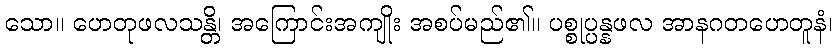
သော။ ဟေတုဖလသန္တိ၊ အကြောင်းအကျိုး အစပ်မည်၏။ ပစ္စုပ္ပန္နဖလ အာနဂတဟေတူနံ၊